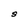
Character: S